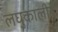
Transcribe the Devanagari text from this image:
लघुकालीन